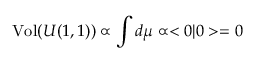
\mathrm { V o l } ( U ( 1 , 1 ) ) \propto \int d \mu \propto < 0 | 0 > = 0